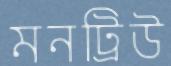
মনট্রিউ